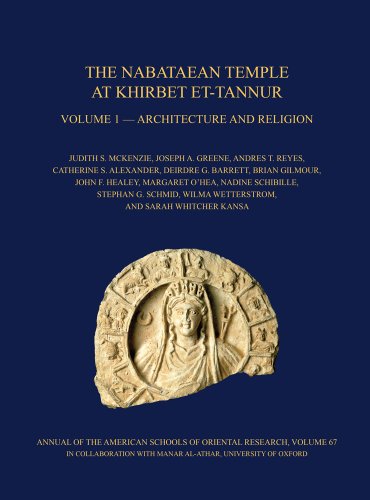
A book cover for The Nabataean Temple at Khirbet Et-tannur, Jordan, Volume 1: Architecture and Religion. Final Report on Nelson Glueck's 1937 Excavation (Annual of the American Schools of Oriental Research (Asor)); Judith S. McKenzie; History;